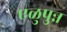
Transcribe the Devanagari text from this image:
एळुपुन्न